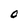
Character: O